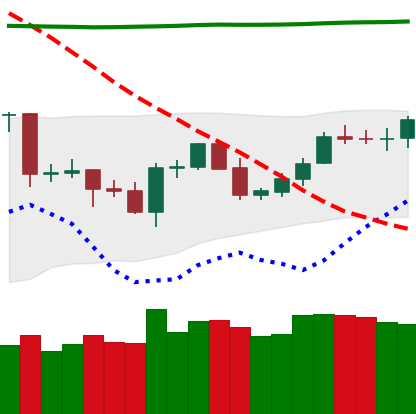
Ticker: LTC-USD
Chart end date: 2020-04-28
Forward return: 4.863%
Label: up_3_5